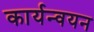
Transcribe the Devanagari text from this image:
कार्यन्वयन